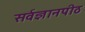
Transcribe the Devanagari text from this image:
सर्वज्ञानपीठ